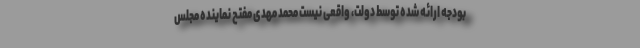
بودجه ارائه شده توسط دولت، واقعی نیست محمد مهدی مفتح نماینده مجلس